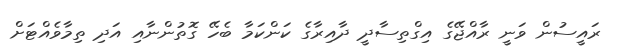
ރައީސުން ވަނީ ރާއްޖޭގެ އިގްތިސާދީ ދާއިރާގެ ކަންކަމާ ބެހޭ ގޮތުންނާއި އަދި ތިމާވެއްޓަށް